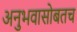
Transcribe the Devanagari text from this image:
अनुभवासोबतच